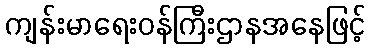
ကျန်းမာရေးဝန်ကြီးဌာနအနေဖြင့်